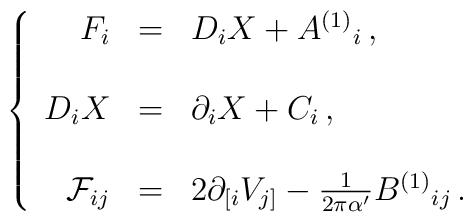
\left\{\begin{array}{rcl}F_{i} & = & D_{i}X +A^{(1)}{}_{i}\, ,\\& & \\D_{i}X & = & \partial_{i}X + C_{i}\, ,\\& & \\{\cal F}_{ij} & = & 2\partial_{[i}V_{j]} -\frac{1}{2\pi \alpha^{\prime}}B^{(1)}{}_{ij}\, .\\\end{array}\right.